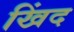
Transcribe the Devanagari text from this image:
खिंद